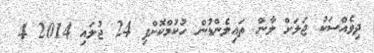
ދިވެއްސަކު ޖަލަށް ލާން ތައިލެންޑުން ހުކުމްކޮށްފި 24 ޖުލައި 2014 4